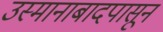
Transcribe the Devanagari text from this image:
उस्मानाबादपासून